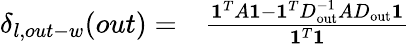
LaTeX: \begin{array}{rl}{\delta_{l,out-w}(out)=}&{{}\frac{\mathbf{1}^{T}A\mathbf{1}-\mathbf{1}^{T}D_{\mathrm{out}}^{-1}AD_{\mathrm{out}}\mathbf{1}}{\mathbf{1}^{T}\mathbf{1}}}\end{array}